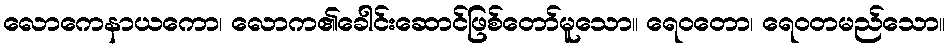
လောကေနာယကော၊ လောက၏ခေါင်းဆောင်ဖြစ်တော်မူသော။ ရေဝတော၊ ရေဝတမည်သော။